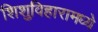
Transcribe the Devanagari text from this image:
शिशुविहारामध्ये